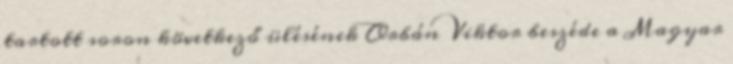
tartott soron következő ülésének Orbán Viktor beszéde a Magyar